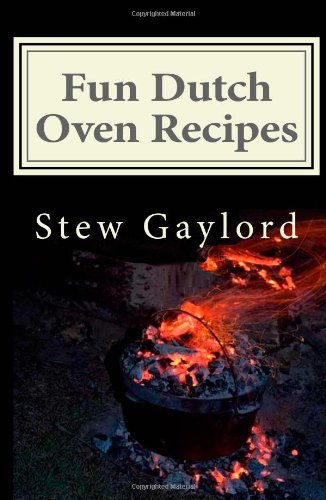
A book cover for Fun Dutch Oven Recipes; Stew Gaylord; Cookbooks, Food & Wine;